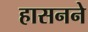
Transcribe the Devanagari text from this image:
हासनने